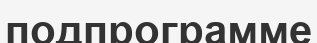
подпрограмме